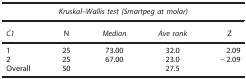
<table><thead><tr><td colspan="5"><b><i>Kruskal–Wallis test (Smartpeg at molar)</i></b></td></tr><tr><td><b><i>C1</i></b></td><td><b>N</b></td><td><b><i>Median</i></b></td><td><b><i>Ave rank</i></b></td><td><b>Z</b></td></tr></thead><tbody><tr><td>1</td><td>25</td><td>73.00</td><td>32.0</td><td>2.09</td></tr><tr><td>2</td><td>25</td><td>67.00</td><td>23.0</td><td>−2.09</td></tr><tr><td>Overall</td><td>50</td><td></td><td>27.5</td><td></td></tr></tbody></table>